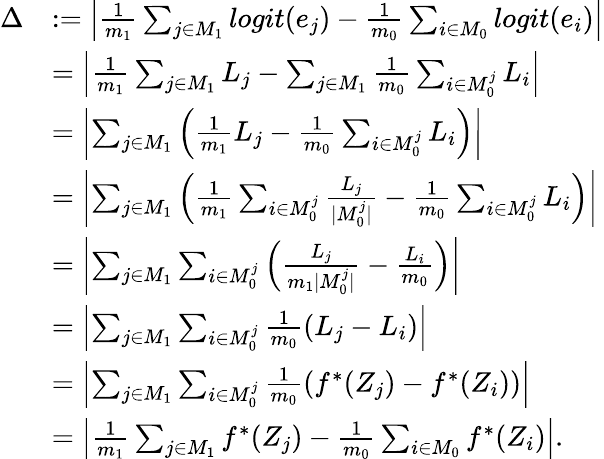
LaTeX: \begin{array}{rl}{\Delta}&{:=\left|\frac{1}{m_{1}}\sum_{j\in M_{1}}logit(e_{j})-\frac{1}{m_{0}}\sum_{i\in M_{0}}logit(e_{i})\right|}\\ &{=\left|\frac{1}{m_{1}}\sum_{j\in M_{1}}L_{j}-\sum_{j\in M_{1}}\frac{1}{m_{0}}\sum_{i\in M_{0}^{j}}L_{i}\right|}\\ &{=\left|\sum_{j\in M_{1}}\left(\frac{1}{m_{1}}L_{j}-\frac{1}{m_{0}}\sum_{i\in M_{0}^{j}}L_{i}\right)\right|}\\ &{=\left|\sum_{j\in M_{1}}\left(\frac{1}{m_{1}}\sum_{i\in M_{0}^{j}}\frac{L_{j}}{|M_{0}^{j}|}-\frac{1}{m_{0}}\sum_{i\in M_{0}^{j}}L_{i}\right)\right|}\\ &{=\left|\sum_{j\in M_{1}}\sum_{i\in M_{0}^{j}}\left(\frac{L_{j}}{m_{1}|M_{0}^{j}|}-\frac{L_{i}}{m_{0}}\right)\right|}\\ &{=\left|\sum_{j\in M_{1}}\sum_{i\in M_{0}^{j}}\frac{1}{m_{0}}\left(L_{j}-L_{i}\right)\right|}\\ &{=\left|\sum_{j\in M_{1}}\sum_{i\in M_{0}^{j}}\frac{1}{m_{0}}\left(f^{*}(Z_{j})-f^{*}(Z_{i})\right)\right|}\\ &{=\left|\frac{1}{m_{1}}\sum_{j\in M_{1}}f^{*}(Z_{j})-\frac{1}{m_{0}}\sum_{i\in M_{0}}f^{*}(Z_{i})\right|.}\end{array}